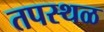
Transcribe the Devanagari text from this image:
तपस्थळ